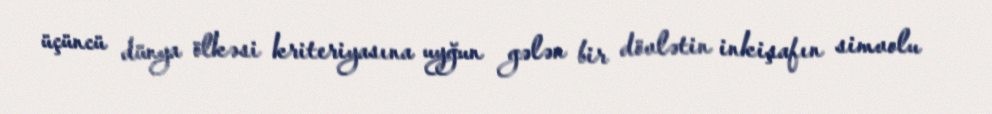
üçüncü dünya ölkəsi kriteriyasına uyğun gələn bir dövlətin inkişafın simvolu